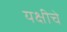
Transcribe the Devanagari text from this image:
यक्षीचे